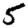
Digit: 5